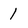
Character: 1